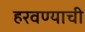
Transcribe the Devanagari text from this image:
हरवण्याची